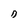
Character: D